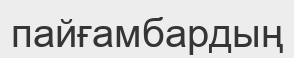
пайғамбардың